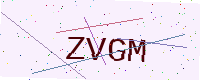
Text: ZVGM